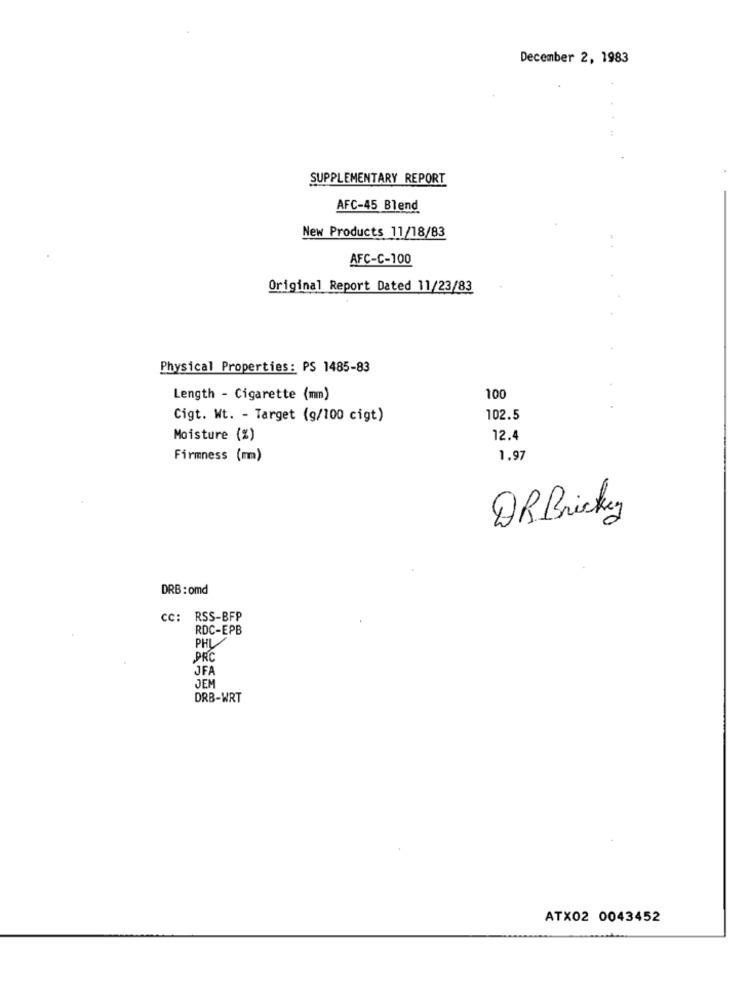
December 2, 1983
SUPPLEMENTARY REPORT
AFC-45 Blend
New Products 11/18/83
AFC-C-100
Original Report Dated 11/23/83
Physical Properties: PS 1485-83
Length - Cigarette (mm)
100
Cigt. Wt. - Target (9/100 cigt)
102.5
Moisture (%)
12.4
Firmness (mm)
1.97
QR Brickey
DRB : omd
cc: RSS-BFP
RDC-EPB
PHL
PRC
JFA
JEM
DRB-WRT
ATX02 0043452